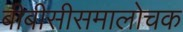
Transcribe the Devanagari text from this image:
बीबीसीसमालोचक